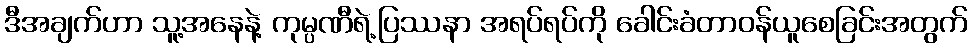
ဒီအချက်ဟာ သူ့အနေနဲ့ ကုမ္ပဏီရဲ့ပြဿနာ အရပ်ရပ်ကို ခေါင်းခံတာဝန်ယူစေခြင်းအတွက်